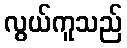
လွယ်ကူသည်